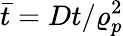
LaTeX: \bar{t}=Dt/\varrho_{p}^{2}